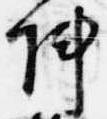
陣